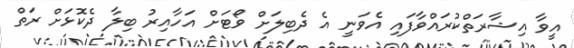
އީވާ އިޝާރަތްކުރައްވާފައި އެވަނީ އެ ދެބިލަށް ވޯޓަށް އަހާއިރު ބިލާ ދެކޮޅަށް ރަތް